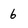
Character: 6